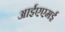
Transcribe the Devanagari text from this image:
आईएएमई